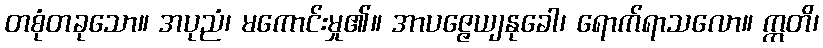
တစုံတခုသော။ အပုညံ၊ မကောင်းမှု၏။ အာပဇ္ဇေယျနုခေါ၊ ရောက်ရာသလော။ ဣတိ၊